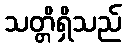
သတ္တိရှိသည်